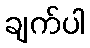
ချက်ပါ